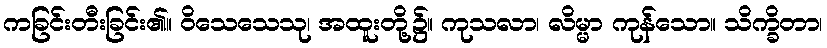
ကခြင်းတီးခြင်း၏။ ဝိသေသေသု၊ အထူးတို့၌။ ကုသလာ၊ လိမ္မာ ကုန်သော။ သိက္ခိတာ၊